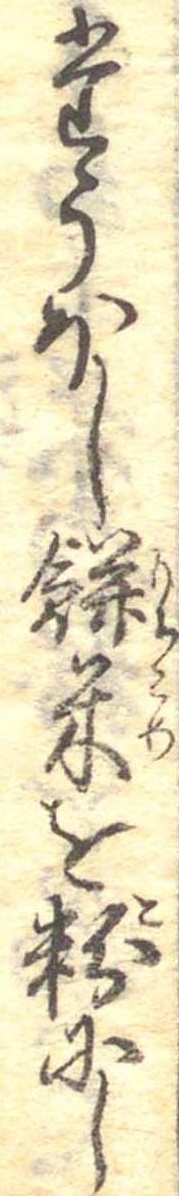
たうほし餅米を粉にし